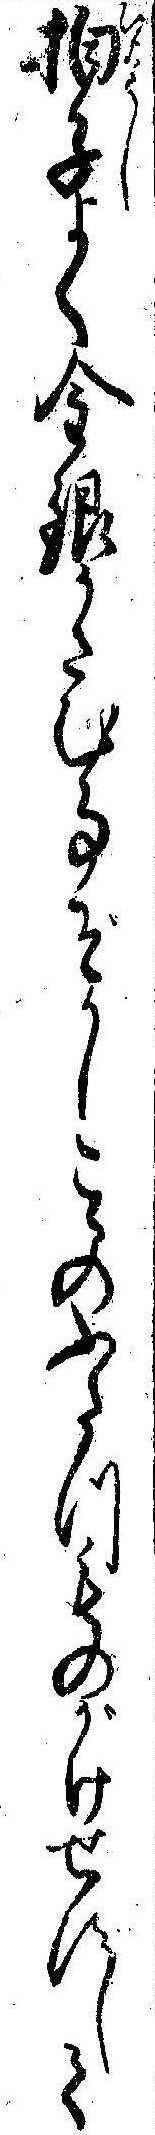
拍子よく金銀かさむ事ぞかしこゝのふたつものがけせずして